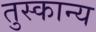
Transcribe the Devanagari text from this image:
तुस्कान्य